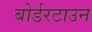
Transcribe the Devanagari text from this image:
बोर्डरटाउन